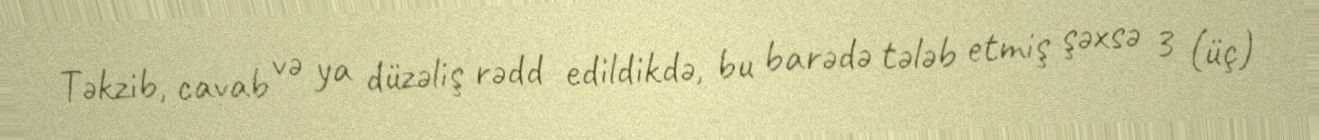
Təkzib, cavab və ya düzəliş rədd edildikdə, bu barədə tələb etmiş şəxsə 3 (üç)